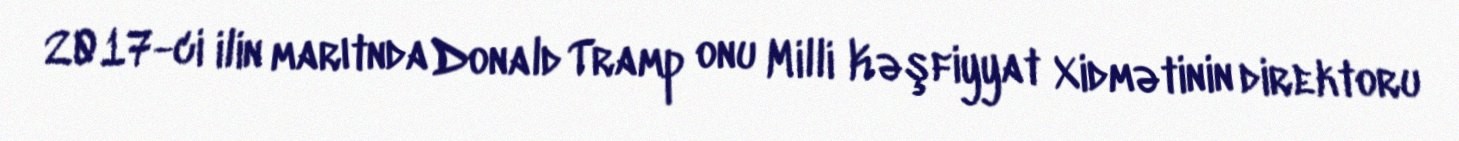
2017-ci ilin marıtnda Donald Tramp onu Milli Kəşfiyyat Xidmətinin direktoru